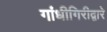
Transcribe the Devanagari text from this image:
गांधीगिरीद्वारे